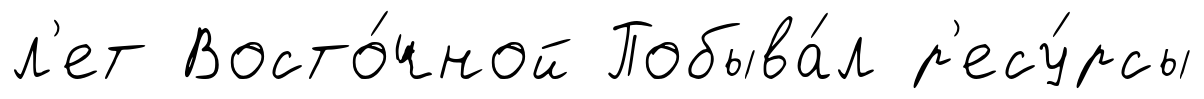
л'ет Восто́чной Побыва́л р'есу́рсы